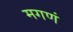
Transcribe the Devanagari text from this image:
मगणं